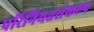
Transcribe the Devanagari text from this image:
परिनियतसंकल्प